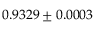
0 . 9 3 2 9 \pm 0 . 0 0 0 3